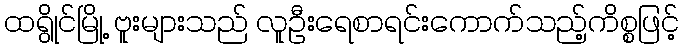
ထရွိုင်မြို့ ဗူးများသည် လူဦးရေစာရင်းကောက်သည့်ကိစ္စဖြင့်